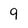
Character: 9